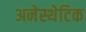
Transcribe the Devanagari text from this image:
अनेस्थेटिक